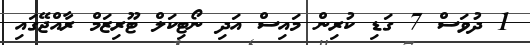
1 ދުވަސް 7 ގަޑި ކުރިން މައިސް އަދި ނޯޓިކަލް ޓޫރިޒަމް ރާއްޖޭގައި